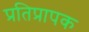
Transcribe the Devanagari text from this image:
प्रतिप्रापक